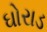
ઘોરાડ